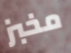
مخبز